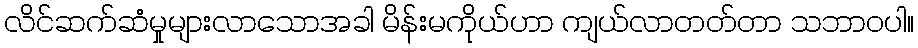
လိင်ဆက်ဆံမှုများလာသောအခါ မိန်းမကိုယ်ဟာ ကျယ်လာတတ်တာ သဘာဝပါ။